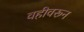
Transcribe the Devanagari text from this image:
वहीवरून